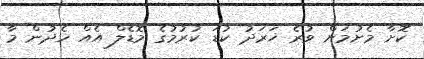
ކޮށާ މެށުމަށް ވުރެ ޚަރަދު ކުޑަ ކުރުމުގެ މޮޑެލް އެއް ހެދުން މާ